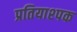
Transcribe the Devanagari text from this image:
प्रतियाश्पक